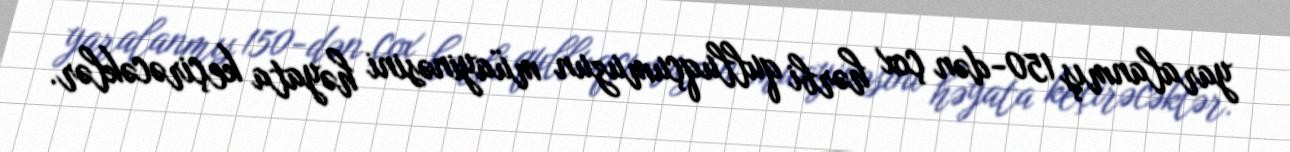
yaralanmış 150-dən çox hərbi qulluqçumuzun müayinəsini həyata keçirəcəklər.